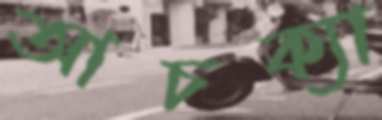
আচক্যা